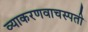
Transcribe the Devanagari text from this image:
व्याकरणवाचस्पती